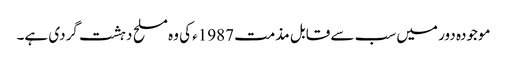
موجودہ دور میں سب سے قابل مذمت 1987ء کی وہ مسلح دہشت گردی ہے۔